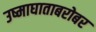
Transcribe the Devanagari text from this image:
उष्माघाताबरोबर